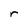
Character: r